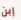
إبن